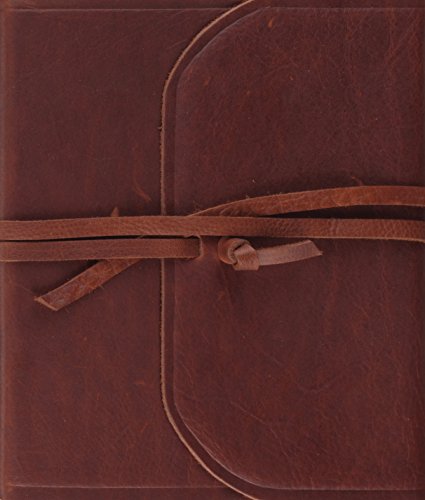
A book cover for ESV Single Column Journaling Bible (Brown, Flap with Strap); ESV Bibles by Crossway; Christian Books & Bibles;